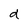
Character: d